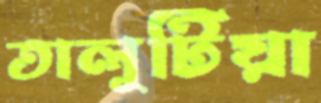
তালুটিয়া